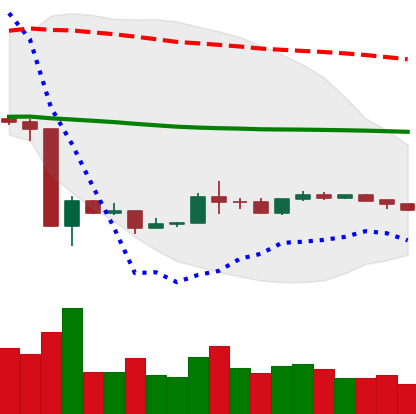
Ticker: ETH-USD
Chart end date: 2020-03-29
Forward return: 13.145%
Label: up_7plus